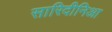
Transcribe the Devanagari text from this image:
सारिदीनिआ